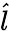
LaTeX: \hat{l}